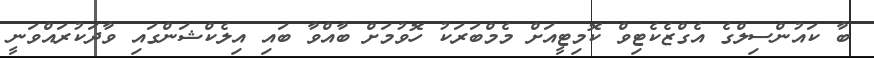
ބާ ކައުންސިލްގެ އެގްޒެކެޓިވް ކޮމިޓީއަށް މެމްބަރަކު ހޮވުމަށް ބާއްވާ ބައި އިލެކްޝަންގައި ވާދަކުރައްވަނީ